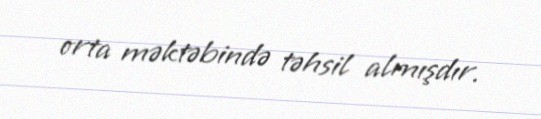
orta məktəbində təhsil almışdır.